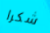
شكرا